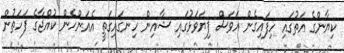
ކިޔާންގެ އަތުގައި ހިފައިގެން އަވަސް ފިޔަވަޅުގައި ޝާއިން ހިނގައިގަތީ އެއަންހެން ކުއްޖާގެ ފަހަތުން